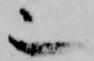
也